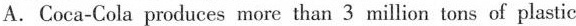
A. Coca-Cola produces more than 3 million tons of plastic